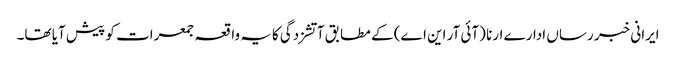
ایرانی خبر رساں ادارے ارنا (آئی آر این اے) کے مطابق آتشزدگی کایہ واقعہ جمعرات کو پیش آیا تھا۔